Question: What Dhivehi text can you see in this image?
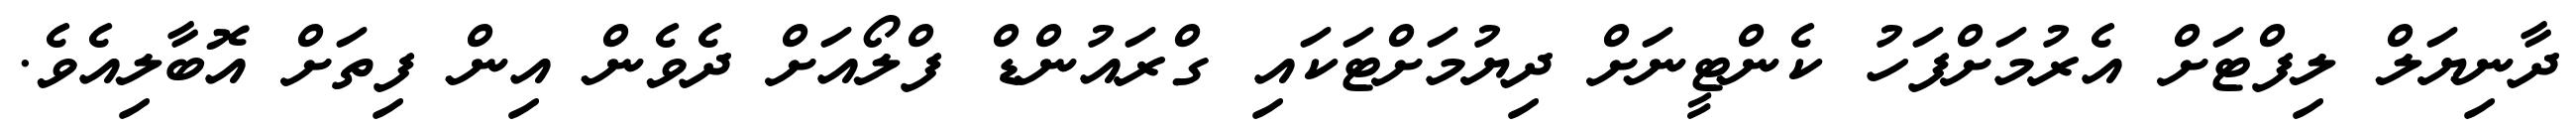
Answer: ދާނިޔަލް ލިފްޓަށް އެރުމަށްފަހު ކެންޓީނަށް ދިޔުމަށްޓަކައި ގްރައުންޑް ފްލޯއަށް ދެވެން އިން ފިތަށް އޮބާލިއެވެ.